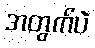
အတွက်ပဲ